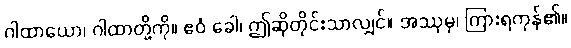
ဂါထာယော၊ ဂါထာတို့ကို။ ဧဝံ ခေါ၊ ဤဆိုတိုင်းသာလျှင်။ အဿုမှ၊ ကြားရကုန်၏။